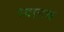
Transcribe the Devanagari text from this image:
ध्यानच